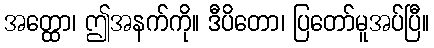
အတ္ထော၊ ဤအနက်ကို။ ဒီပိတော၊ ပြတော်မူအပ်ပြီ။